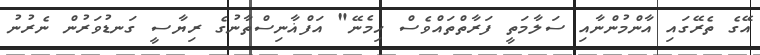
އޭގެ ތެރޭގައި އާންމުންނާއި ސަލާމަތީ ފަރާތްތައްވެސް ހިމެނޭ" އަފްޣާނިސްތާނުގެ ރިޔާސީ ގަނޑުވަރުން ނެރުނު